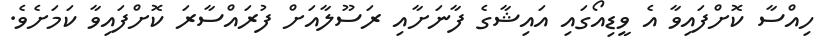
ހިއްސާ ކޮށްފައިވާ އެ ވީޑިއޯގައި އައިޝާގެ ފާނަށާއި ރަސޫލާއަށް ފުރައްސާރަ ކޮށްފައިވާ ކަމަށެވެ.